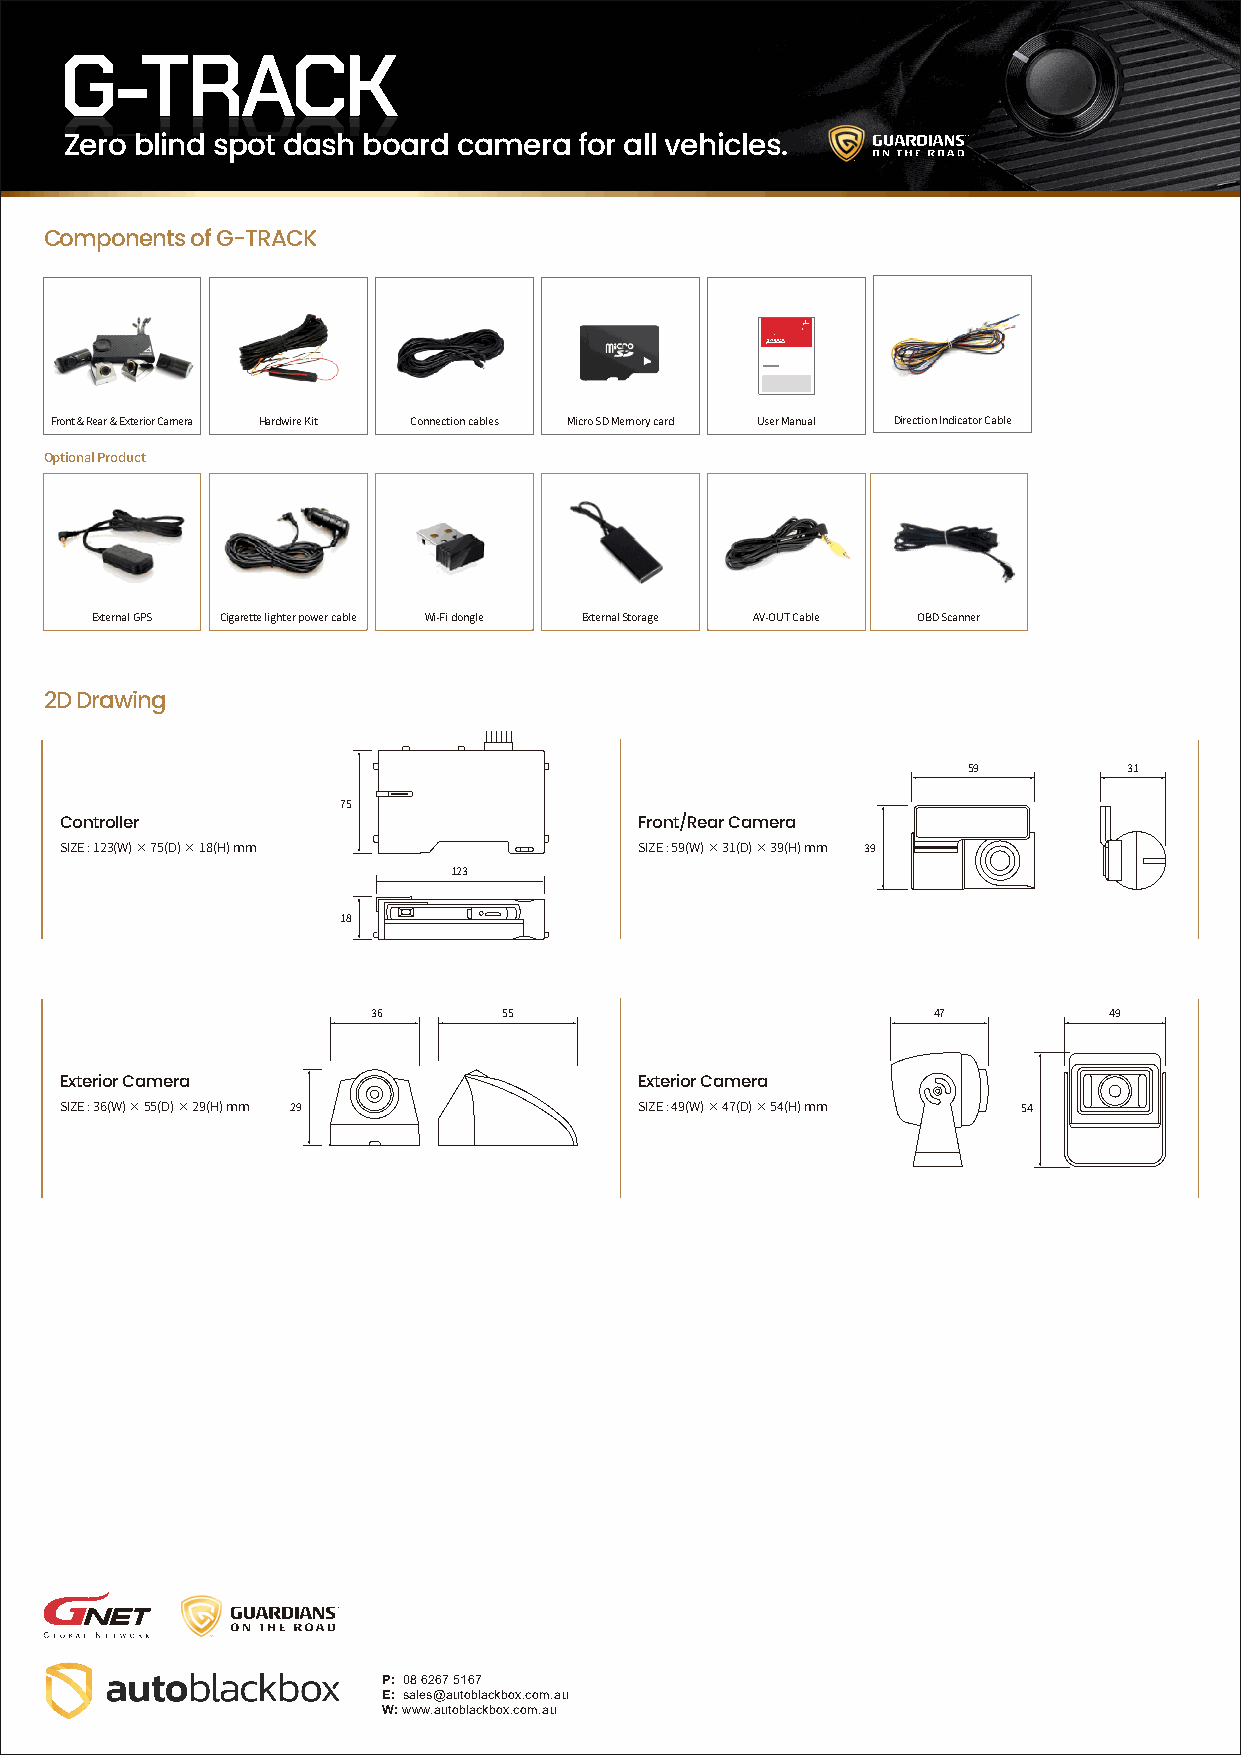
G-TRACK
 Zero blind spot dash board camera for all vehicles.
 Components of G-TRACK
 G-NET SYSTEM 4CH FHD CLOUD DASSEHRCAIEMS
 Front & Rear & Exterior Camera Hardwire Kit Connection cables Micro SD Memory card User Manual Direction Indicator Cable
 Optional Product
 External GPS Cigarette lighter power cable Wi-Fi dongle External Storage AV-OUT Cable OBD Scanner
 2D Drawing
 59         31
 75
 Controller                            Front/Rear Camera
 SIZE : 123(W) × 75(D) × 18(H) mm      SIZE : 59(W) × 31(D) × 39(H) mm 39
 123
 18
 36      55                           47         49
 Exterior Camera                       Exterior Camera
 SIZE : 36(W) × 55(D) × 29(H) mm 29    SIZE : 49(W) × 47(D) × 54(H) mm 54
 P: 08 6267 5167
 E: sales@autoblackbox.com.au
 W: www.autoblackbox.com.au